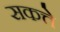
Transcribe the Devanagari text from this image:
सकत्ते